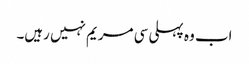
اب وہ پہلی سی مریم نہیں رہیں۔